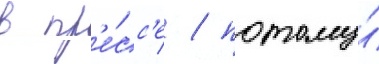
в пр'е́сс'е / потому́